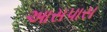
આસપાસ